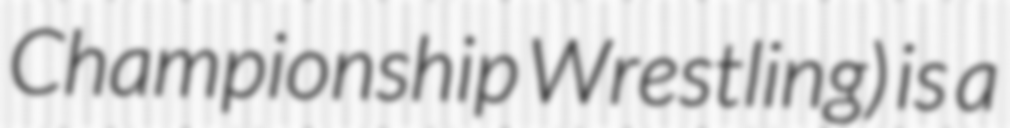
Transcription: Championship Wrestling) is a